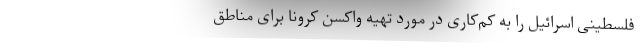
فلسطینی اسرائیل را به کم‌کاری در مورد تهیه واکسن کرونا برای مناطق